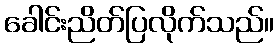
ခေါင်းညိတ်ပြလိုက်သည်။